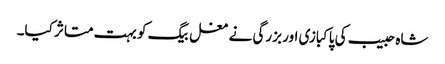
شاہ حبیب کی پاکبازی اور بزرگی نے مغل بیگ کو بہت متاثر کیا۔